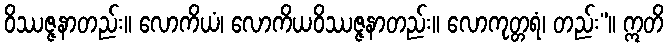
ဝိဿဇ္ဇနာတည်း။ လောကိယံ၊ လောကိယဝိဿဇ္ဇနာတည်း။ လောကုတ္တရံ၊ တည်း”။ ဣတိ